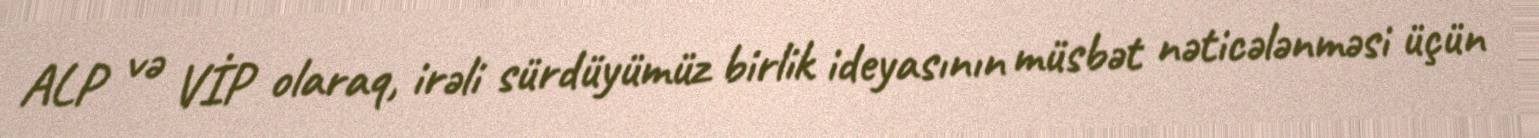
ALP və VİP olaraq, irəli sürdüyümüz birlik ideyasının müsbət nəticələnməsi üçün